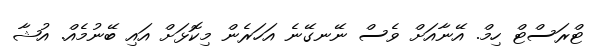
ޓްރަސްޓް ހިމް. އޭނާއަށް ވެސް ނޭނގޭނެ އަހަރެން މިކޮޅަށް އައި ބޭނުމެއް. އުޝާ